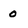
Character: 0